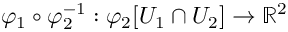
\varphi _ { 1 } \circ \varphi _ { 2 } ^ { - 1 } : \varphi _ { 2 } [ U _ { 1 } \cap U _ { 2 } ] \to \mathbb { R } ^ { 2 }